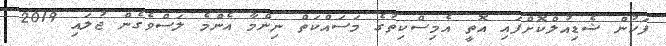
ފަހުން ޝެޑިއުލްކޮށްފައި އޮތީ އެމިސްކިތުގެ މަސައްކަތް ނިންމާ އެންމެ ލަސްވެގެން ޖުލައި 2019